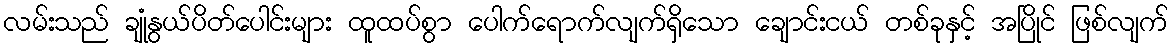
လမ်းသည် ချုံနွယ်ပိတ်ပေါင်းများ ထူထပ်စွာ ပေါက်ရောက်လျက်ရှိသော ချောင်းငယ် တစ်ခုနှင့် အပြိုင် ဖြစ်လျက်